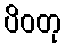
ပိဝတု